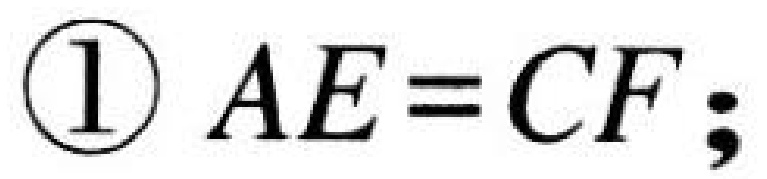
\textcircled{1} \(AE = CF;\)